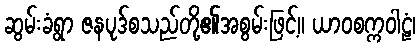
ဆွမ်းခံရွာ ဇနပုဒ်စသည်တို့၏အစွမ်းဖြင့်။ ယာဝစက္ကဝါဠံ၊